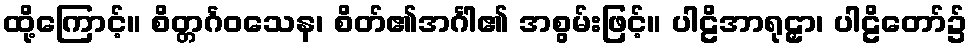
ထို့ကြောင့်။ စိတ္တင်္ဂဝသေန၊ စိတ်၏အင်္ဂါ၏ အစွမ်းဖြင့်။ ပါဠိအာရုဠှာ၊ ပါဠိတော်၌